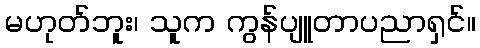
မဟုတ်ဘူး၊ သူက ကွန်ပျူတာပညာရှင်။